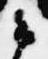
御